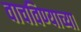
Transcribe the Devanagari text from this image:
वाचविण्याच्या